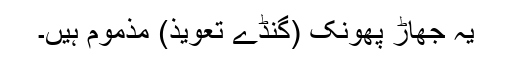
یہ جھاڑ پھونک (گنڈے تعویذ) مذموم ہیں۔